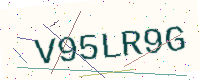
Text: V95LR9G